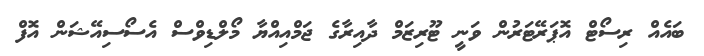
ބައެއް ރިސޯޓް އޮޕަރޭޓަރުން ވަނީ ޓޫރިޒަމް ދާއިރާގެ ޖަމްއިއްޔާ މޯލްޑިވްސް އެސޯސިއޭޝަން އޮފް